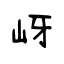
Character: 岈